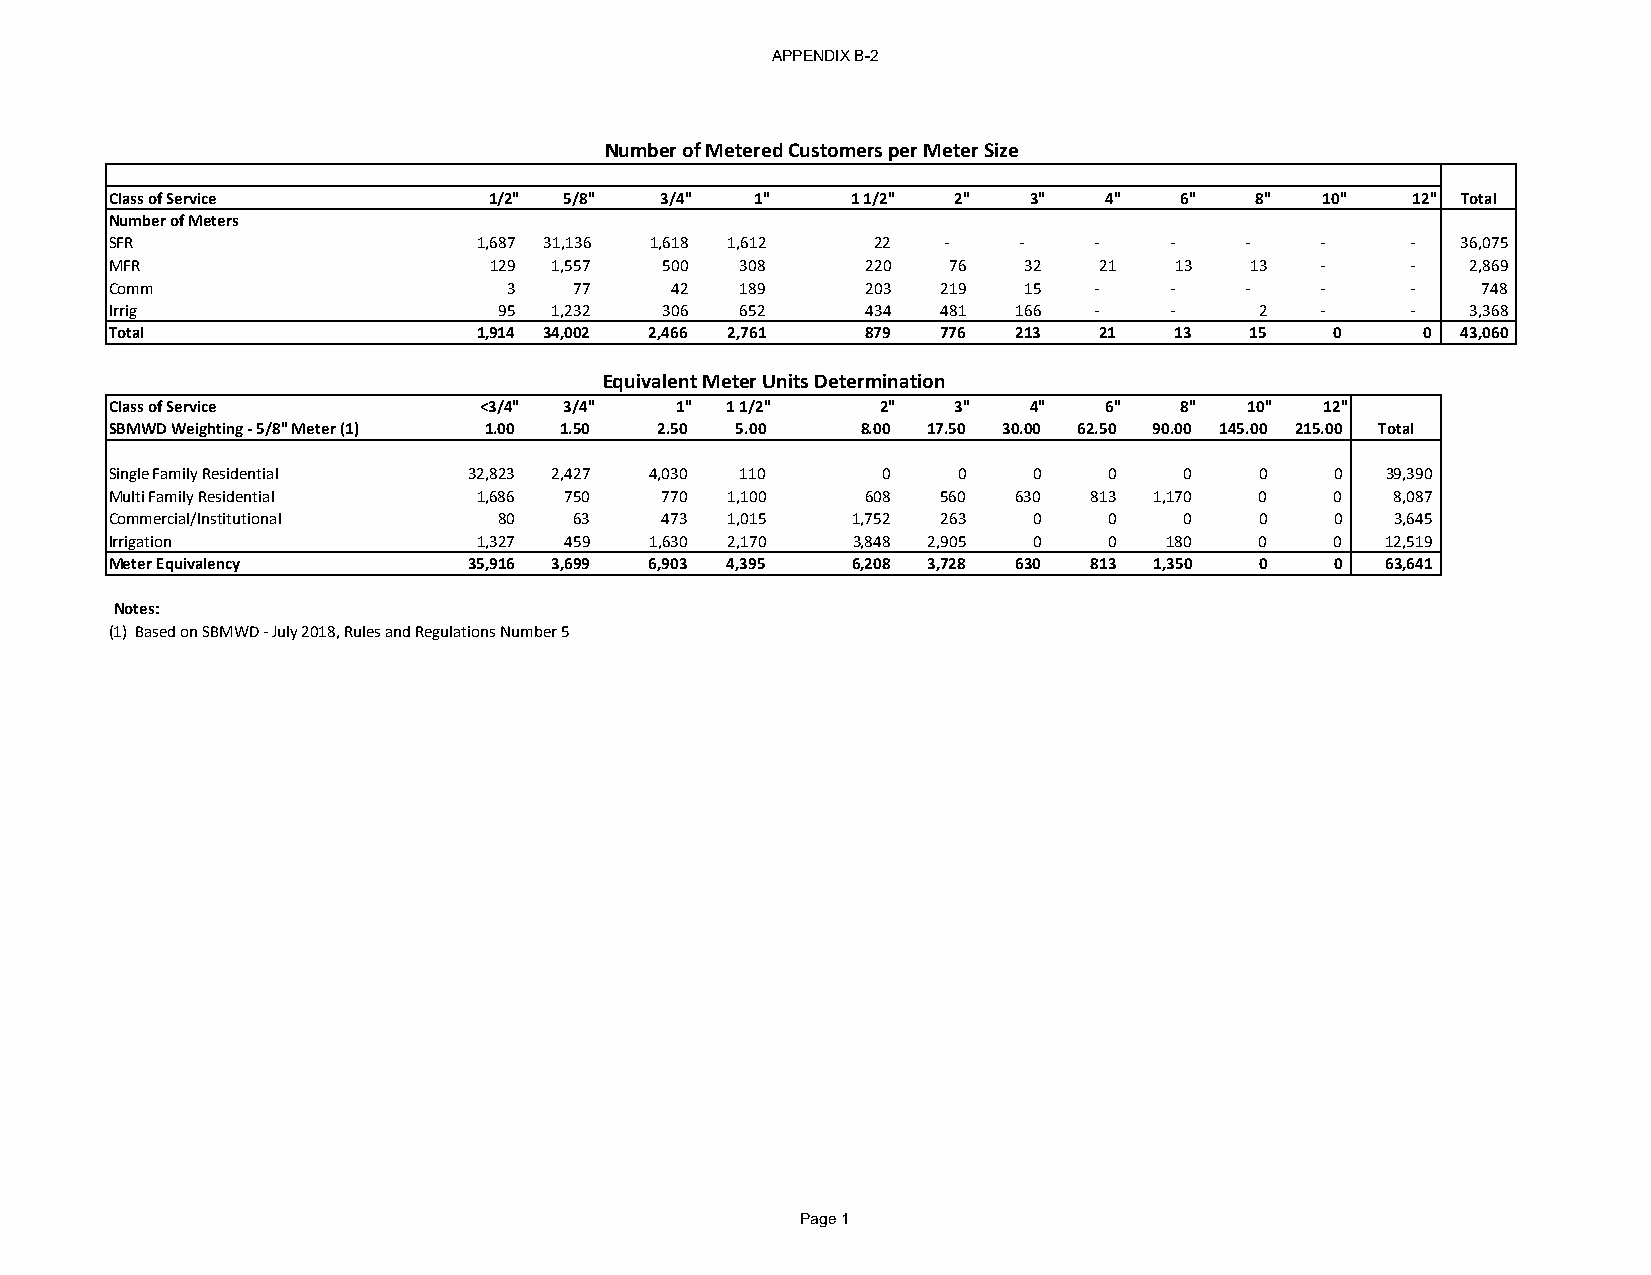
APPENDIX B-2
 Number of Metered Customers per Meter Size
 Class of Service         1/2" 5/8"   3/4"  1"    1 1/2" 2"   3"   4"   6"   8"   10"  12" Total
 Number of Meters
 SFR                      1 ,687 3 1,136 1,618 1 ,612 22 ‐   ‐    ‐    ‐    ‐    ‐     ‐   36,075
 MFR                      129  1 ,557 500  3 08    220   7 6  3 2  2 1  1 3  1 3 ‐     ‐   2,869
 Comm                       3   7 7   42   1 89    203  2 19  15  ‐    ‐    ‐    ‐     ‐    748
 Irrig                     95  1 ,232 306  6 52    4 34 4 81 1 66 ‐    ‐     2   ‐     ‐   3,368
 Total                    1,914 34,002 2,466 2,761 879  776  213   21   13   15   0     0  43,060
 Equivalent Meter Units Determination
 Class of Service         <3/4" 3/4"   1" 1 1/2"    2"   3"   4"   6"   8"   10"  12"
 SBMWD Weighting ‐ 5/8" Meter (1) 1.00 1.50 2.50 5.00 8.00 17.50 30.00 62.50 90.00 145.00 215.00 Total
 Single Family Residential 32,823 2,427 4,030 110   0    0    0    0    0    0    0   39,390
 Multi Family Residential 1,686 750   770 1,100    608  560  630  813 1,170  0    0   8,087
 Commercial/Institutional  80   63    473 1,015   1,752 263   0    0    0    0    0   3,645
 Irrigation               1,327 459  1,630 2,170  3,848 2,905 0    0   180   0    0   12,519
 Meter Equivalency       35,916 3,699 6,903 4,395 6,208 3,728 630 813 1,350  0    0   63,641
 Notes:
 (1) Based on SBMWD ‐ July 2018, Rules and Regulations Number 5
 Page 1